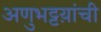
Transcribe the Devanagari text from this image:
अणुभट्टय़ांची